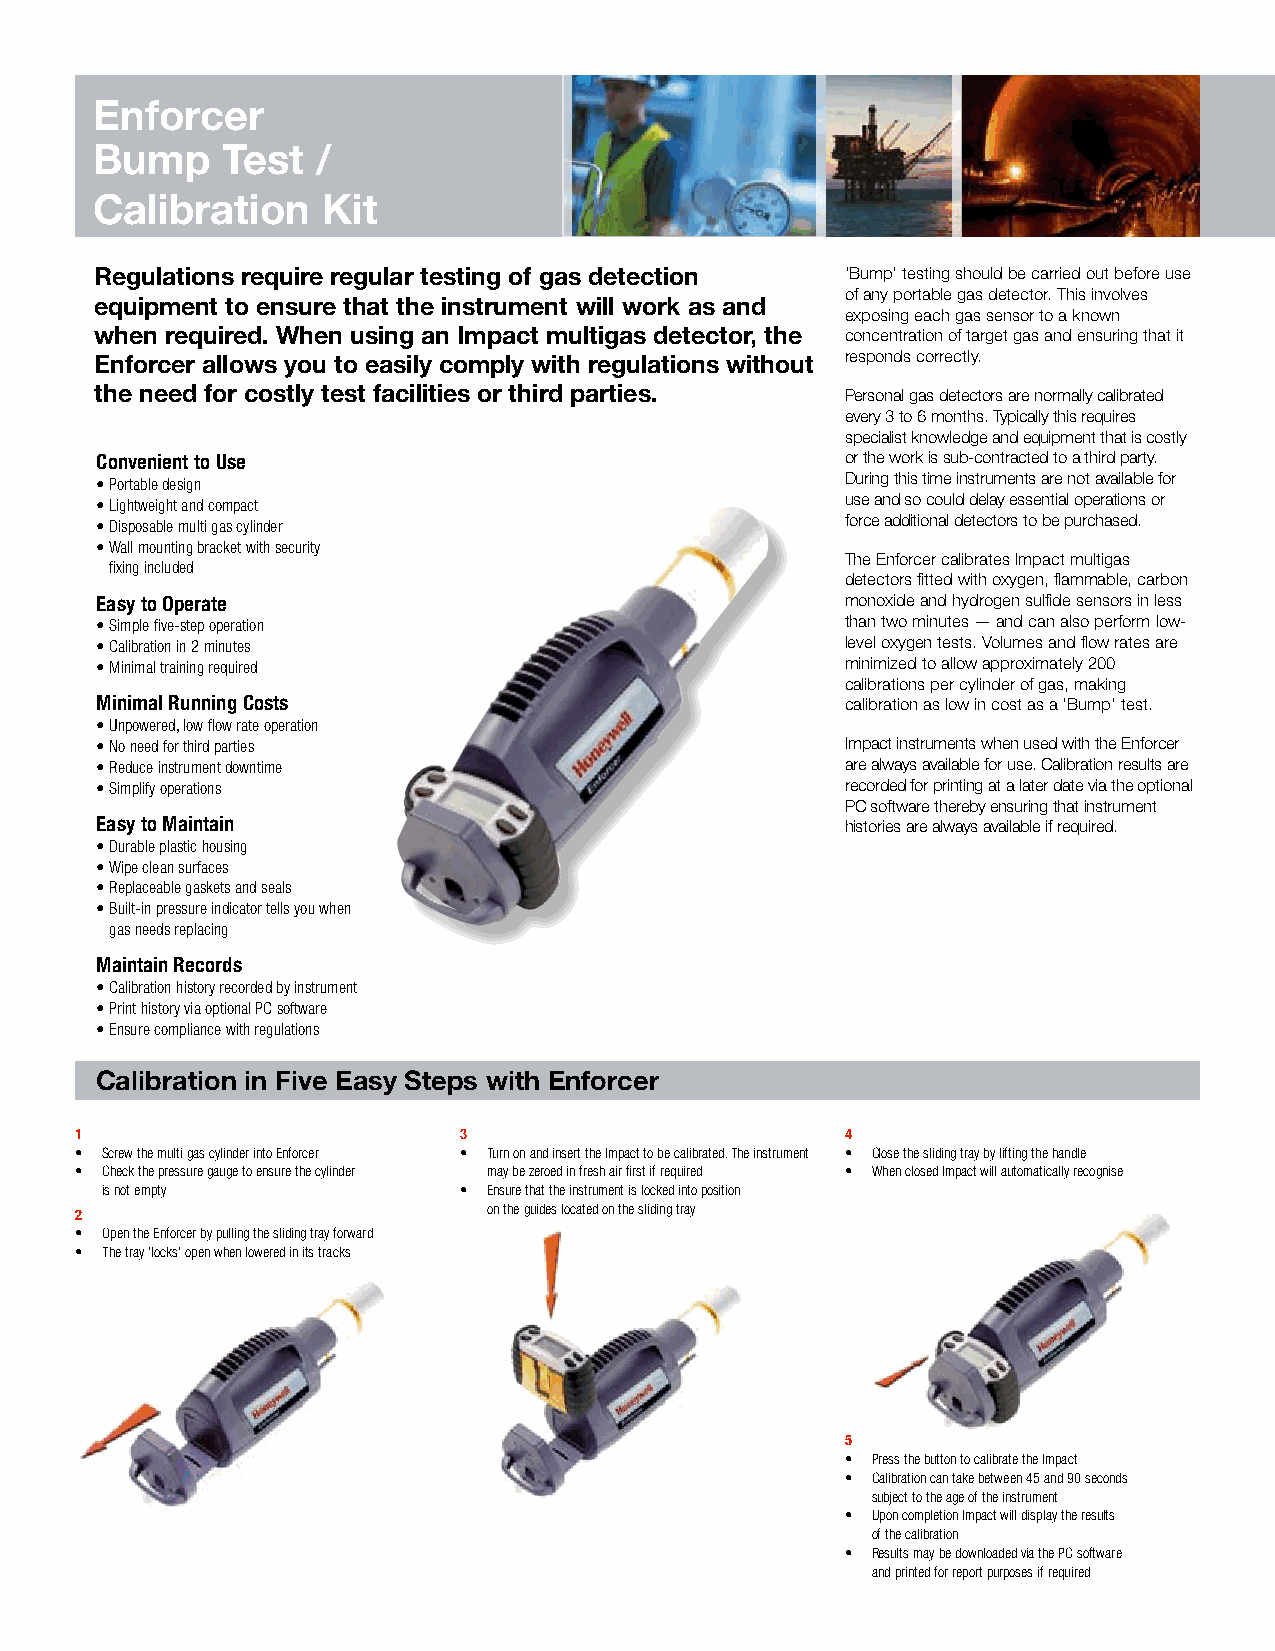
Enforcer
 Bump     Test  /
 Calibration    Kit
 Regulations require regular testing of gas detection ‘Bump’ testing should be carried out before use
 of any portable gas detector. This involves
 equipment to ensure that the instrument will work as and
 exposing each gas sensor to a known
 when required. When using an Impact multigas detector, the concentration of target gas and ensuring that it
 Enforcer allows you to easily comply with regulations without responds correctly.
 the need for costly test facilities or third parties. Personal gas detectors are normally calibrated
 every 3 to 6 months. Typically this requires
 specialist knowledge and equipment that is costly
 Convenient to Use                                 or the work is sub-contracted to a third party.
 • Portable design                                 During this time instruments are not available for
 • Lightweight and compact                         use and so could delay essential operations or
 • Disposable multi gas cylinder                   force additional detectors to be purchased.
 • Wall mounting bracket with security
 The Enforcer calibrates Impact multigas
 fixing included
 detectors fitted with oxygen, flammable, carbon
 Easy to Operate                                   monoxide and hydrogen sulfide sensors in less
 • Simple five-step operation                      than two minutes — and can also perform low-
 • Calibration in 2 minutes                        level oxygen tests. Volumes and flow rates are
 • Minimal training required                       minimized to allow approximately 200
 calibrations per cylinder of gas, making
 Minimal Running Costs                             calibration as low in cost as a ‘Bump’ test.
 • Unpowered, low flow rate operation
 • No need for third parties                       Impact instruments when used with the Enforcer
 • Reduce instrument downtime                      are always available for use. Calibration results are
 • Simplify operations                             recorded for printing at a later date via the optional
 PC software thereby ensuring that instrument
 Easy to Maintain                                  histories are always available if required.
 • Durable plastic housing
 • Wipe clean surfaces
 • Replaceable gaskets and seals
 • Built-in pressure indicator tells you when
 gas needs replacing
 Maintain Records
 • Calibration history recorded by instrument
 • Print history via optional PC software
 • Ensure compliance with regulations
 Calibration in Five Easy Steps with Enforcer
 1                        3                         4
 • Screw the multi gas cylinder into Enforcer • Turn on and insert the Impact to be calibrated. The instrument • Close the sliding tray by lifting the handle
 • Check the pressure gauge to ensure the cylinder may be zeroed in fresh air first if required • When closed Impact will automatically recognise
 is not empty           • Ensure that the instrument is locked into position the Enforcer and prompt the user to continue
 2                          on the guides located on the sliding tray
 • Open the Enforcer by pulling the sliding tray forward
 • The tray ‘locks’ open when lowered in its tracks
 5
 • Press the button to calibrate the Impact
 • Calibration can take between 45 and 90 seconds
 subject to the age of the instrument
 • Upon completion Impact will display the results
 of the calibration
 • Results may be downloaded via the PC software
 and printed for report purposes if required